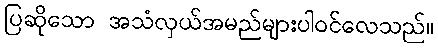
ပြဆိုသော အသံလှယ်အမည်များပါဝင်လေသည်။